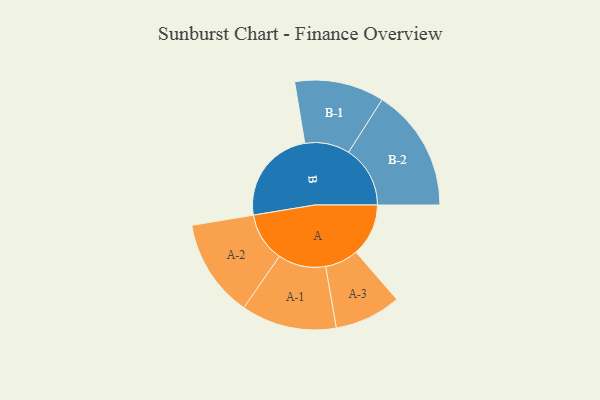
{"axis": {"x": "Segment", "y": "Value"}, "legend": ["", "A", "B"], "data": [{"x": "A", "y": 254, "type": ""}, {"x": "B", "y": 466, "type": ""}, {"x": "A-1", "y": 231, "type": "A"}, {"x": "A-2", "y": 238, "type": "A"}, {"x": "A-3", "y": 161, "type": "A"}, {"x": "B-1", "y": 217, "type": "B"}, {"x": "B-2", "y": 298, "type": "B"}]}